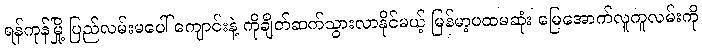
ရန်ကုန်မြို့ ပြည်လမ်းမပေါ် ကျောင်းနဲ့ ကိုချိတ်ဆက်သွားလာနိုင်မယ့် မြန်မာ့ပထမဆုံး မြေအောက်လူကူလမ်းကို